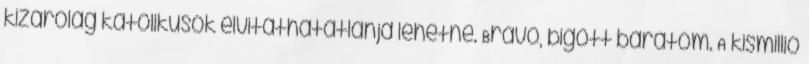
kizárólag katolikusok elvitathatatlanja lehetne. Brávó, bigott barátom. A kismillió